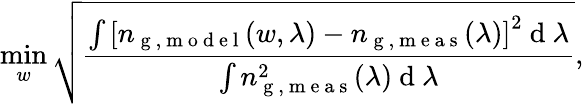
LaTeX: \operatorname*{min}_{w}\sqrt{\frac{\int\left[n_{\mathrm{~g~,~m~o~d~e~l~}}(w,\lambda)-n_{\mathrm{~g~,~m~e~a~s~}}(\lambda)\right]^{2}\mathrm{~d~}\lambda}{\int n_{\mathrm{~g~,~m~e~a~s~}}^{2}(\lambda)\mathrm{~d~}\lambda}},